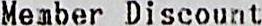
MEMBER DISCOUNT